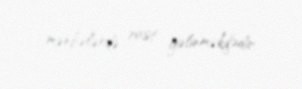
mənbələrdə rast gəlinməkdədir.